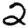
Digit: 2